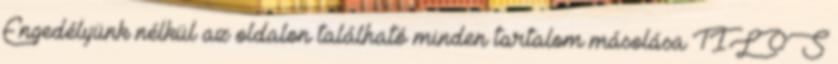
Engedélyünk nélkül az oldalon található minden tartalom másolása TILOS